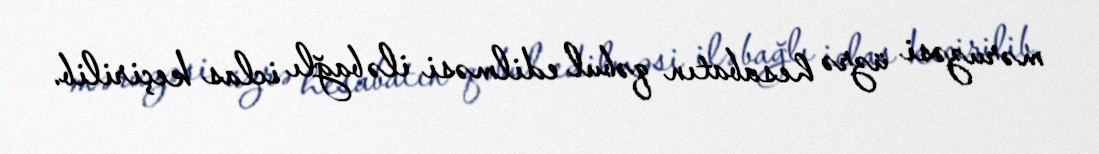
məruzəsi üzrə hesabatın qəbul edilməsi ilə bağlı iclas keçirilib.